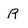
Character: R